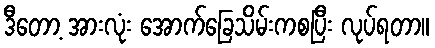
ဒီတော့ အားလုံး အောက်ခြေသိမ်းကစပြီး လုပ်ရတာ။